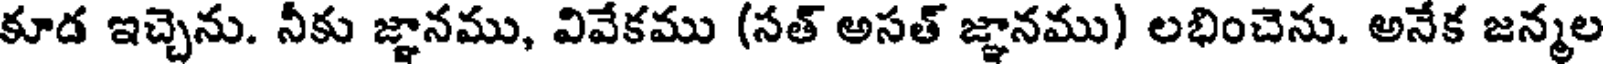
కూడ ఇచ్చెను. నీకు జ్ఞానము, వివేకము (సత్ అసత్ జ్ఞానము) లభించెను. అనేక జన్మల